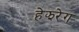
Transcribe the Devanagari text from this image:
हेझरेग